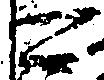
可